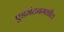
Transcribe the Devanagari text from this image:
एडमंटनमधील